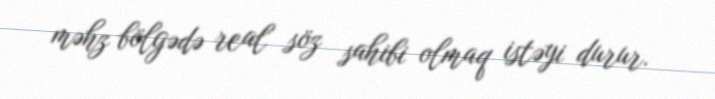
məhz bölgədə real söz sahibi olmaq istəyi durur.